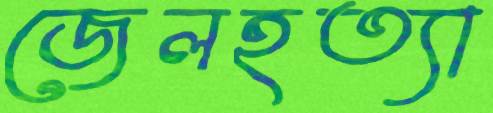
জেলহত্যা